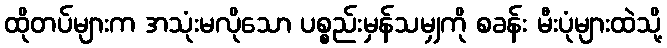
ထိုတပ်များက အသုံးမလိုသော ပစ္စည်းမှန်သမျှကို စခန်း မီးပုံများထဲသို့